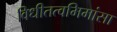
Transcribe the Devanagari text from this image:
विधीतत्वमिमांसा